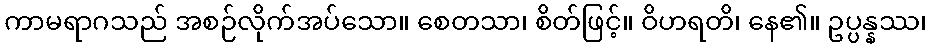
ကာမရာဂသည် အစဉ်လိုက်အပ်သော။ စေတသာ၊ စိတ်ဖြင့်။ ဝိဟရတိ၊ နေ၏။ ဥပ္ပန္နဿ၊